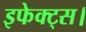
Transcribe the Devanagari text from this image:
इफेक्ट्स।